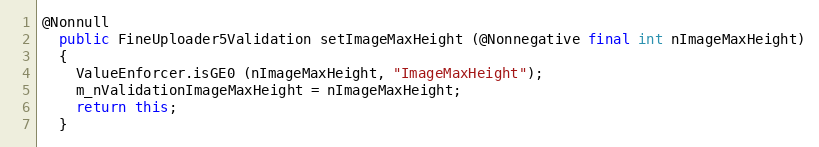
Language: Java
@Nonnull
  public FineUploader5Validation setImageMaxHeight (@Nonnegative final int nImageMaxHeight)
  {
    ValueEnforcer.isGE0 (nImageMaxHeight, "ImageMaxHeight");
    m_nValidationImageMaxHeight = nImageMaxHeight;
    return this;
  }